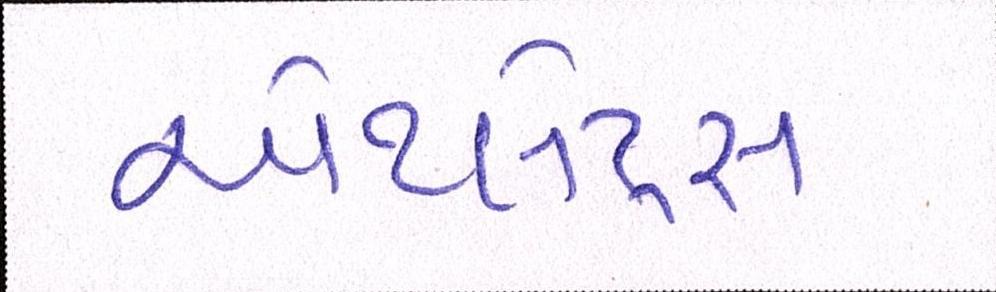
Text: એથ્લેટ્સ